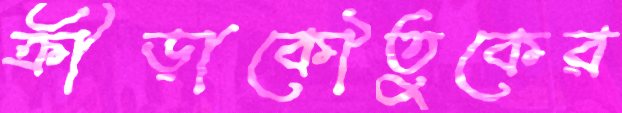
ক্রীড়াকৌতুকের